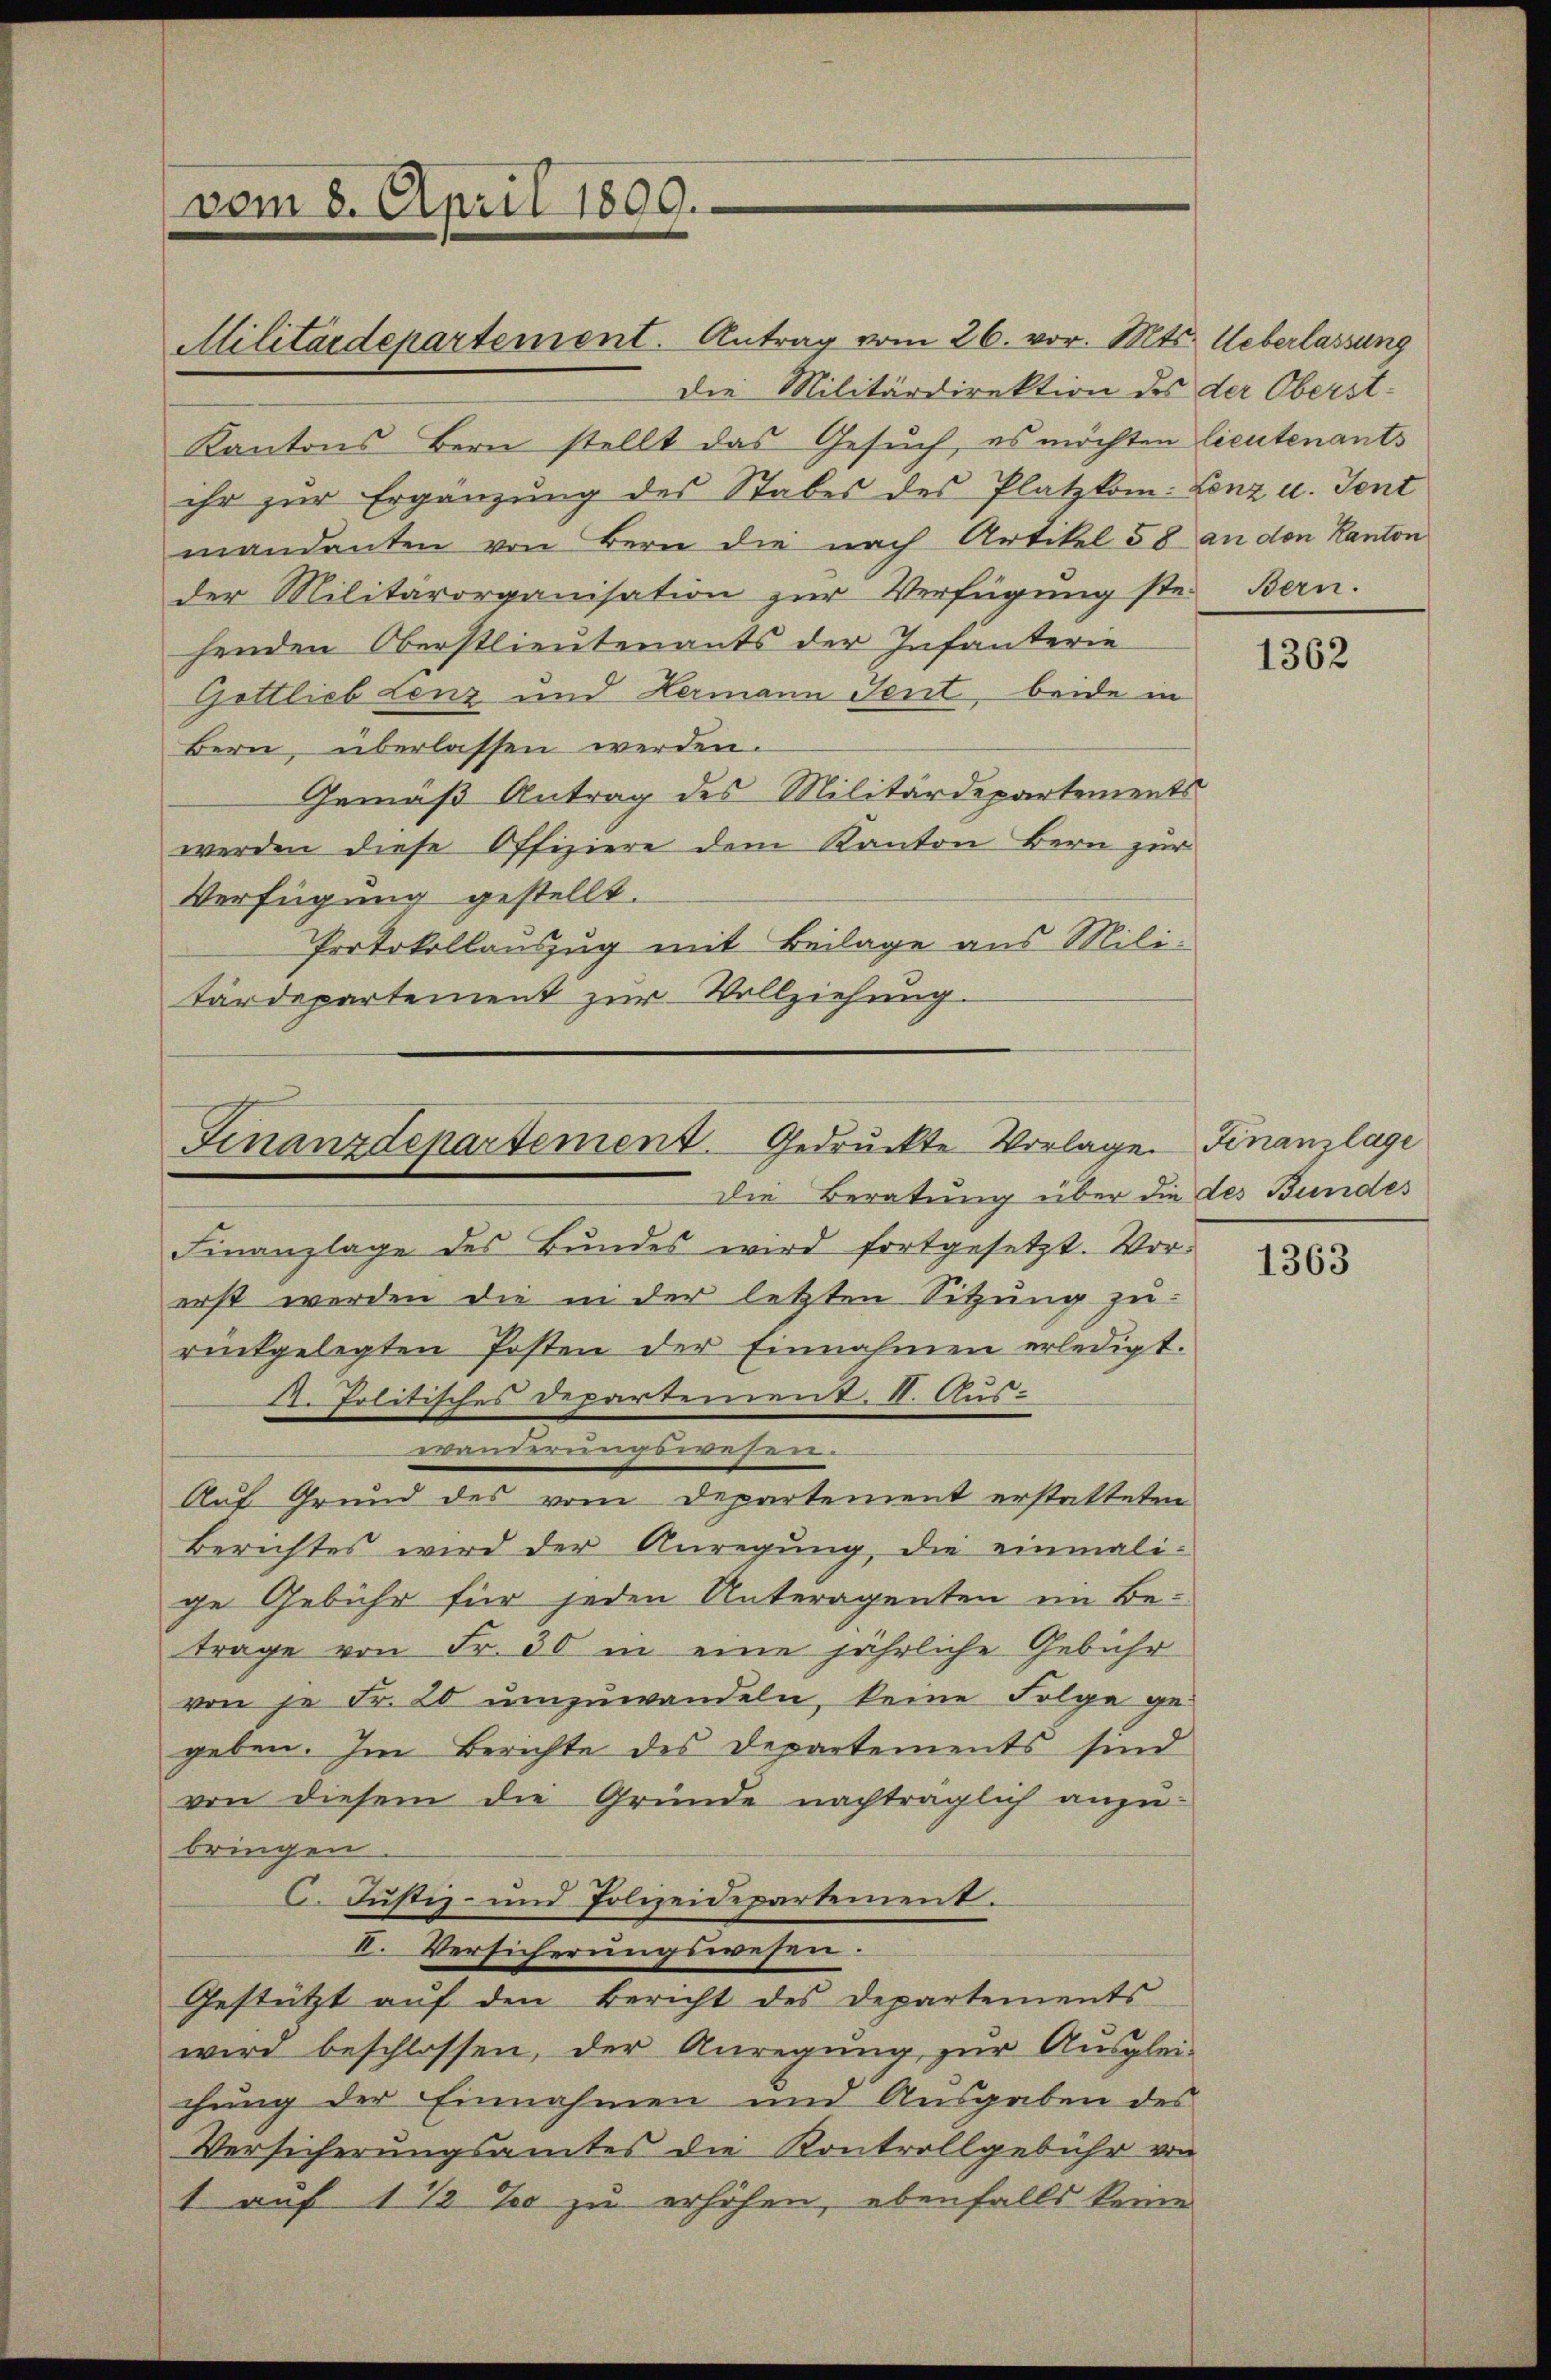
vom 8. April 1899.

Militärdepartement. Antrag vom 26. vor. Mts. Ueberlassung
die Militärdirektion des der Oberst¬
Kantons Bern stellt das Gesŭch, es möchten lieutenants
ihr zur Ergänzung des Stabes des Platzkom- Lenz u. Sent
mandanten von Bern die nach Artikel 58 an den Kanton
der Militärorganisation zur Verfügung ste
henden Oberstlieutenants der Infanterie
Gottlieb Lenz und Hermann Tent, beide in
Bern, überlassen werden.
Gemäß Antrag des Militärdepartements
werden diese Offiziere dem Kanton Bern zur
Verfügung gestellt.
Protokollauszug mit Beilage aus Mili-
tärdepartement zur Vollziehung.

Finanzdepartement. Gedruckte Vorlage. Finanzlage
Die Beratung über die des Bundes

Finanzlage des Bŭndes wird fortgesetzt. Vor-
erst werden die in der letzten Sitzŭng zu
rückgelegten Posten der Einnahmen erledigt.
A. Politisches Departement. II. Auswanderungswesen
Auf Grund des vom Departement erstatteten
Berichtes wird der Anregung, die einmalige Gebühr für jeden Unteragenten ein Be-
trage von Fr. 30 in eine jährliche Gebühr
von je Fr. 20 umzuwandeln, keine Folge gegeben. Im Berichte des Departements sind
von diesem die Gründe nachträglich anzu-
bringen
6. Justiz- und Polizeidepartement.
II. Versicherungswesen.
Gestützt auf den Bericht des Departements
wird beschlossen, der Anregŭng zur Ausglei-
chung der Einnahmen und Ausgaben des
Versicherungsamtes die Kontrollgebühr von
1 auf 1 1/2% zu erhöhen, ebenfalls keine

Bern.

1362

1363